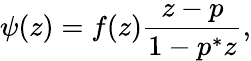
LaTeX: \psi(z)=f(z){\frac{z-p}{1-p^{*}z}},